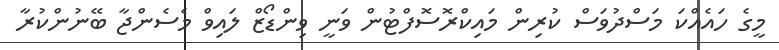
މީގެ ހައެއްކަ މަސްދުވަސް ކުރިން މައިކްރޮސޮފްޓުން ވަނީ ވިންޑޯޒް ލައިވް މެސެންޖާ ބޭނުންކުރާ